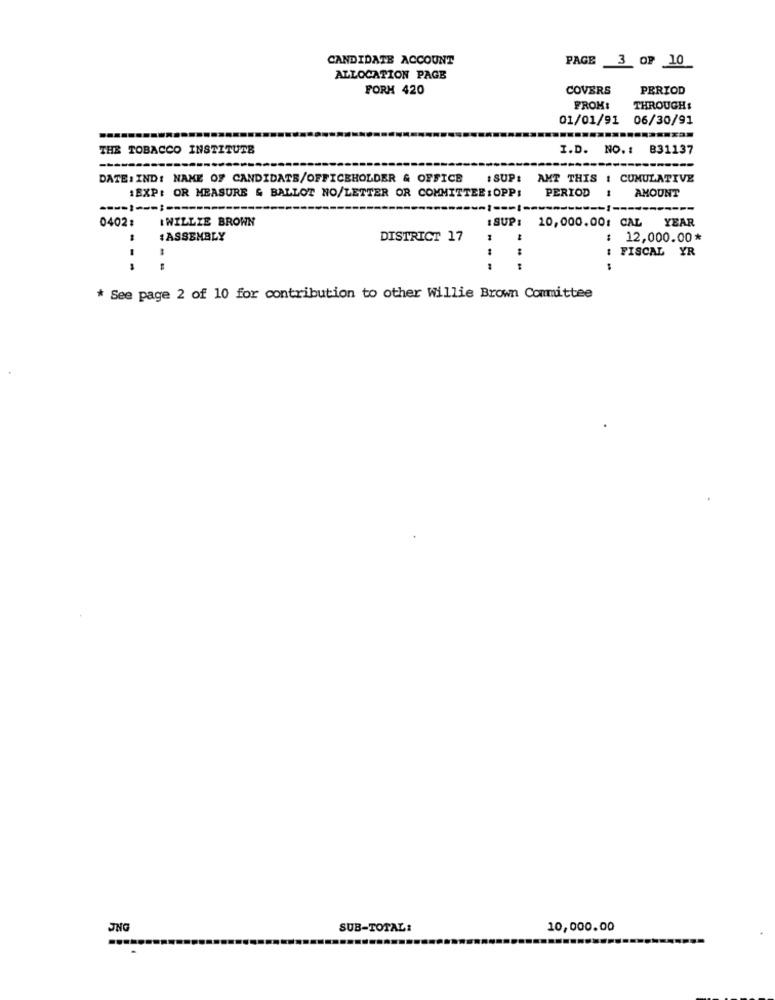
CANDIDATE ACCOUNT
PAGE 3 OF 10
ALLOCATION PAGE
FORK 420
COVERS
PERIOD
FROM:
THROUGH:
01/01/91 06/30/91
THE TOBACCO INSTITUTE
I.D. NO .: 831137
DATE: IND: NAME OF CANDIDATE/OFFICEHOLDER & OFFICE
ISUP: AMT THIS : CUMULATIVE
PERIOD
1EXP: OR MEASURE & BALLOT NO/LETTER OR COMMITTEE :OPP:
AMOUNT
-----------
-1 ---
-1 ==
---
0402 :
I WILLIE BROWN
: SUPI
10,000.00: CAL
YEAR
:ASSEMBLY
DISTRICT 17
: 12,000.00*
: FISCAL YR
----
--
* See page 2 of 10 for contribution to other Willie Brown Committee
JNG
SUB-TOTAL:
10,000.00